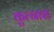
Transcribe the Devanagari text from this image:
कुल्नाश